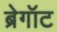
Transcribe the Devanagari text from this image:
ब्रेगॉट